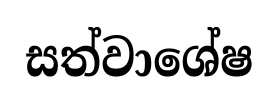
සත්වාශේෂ